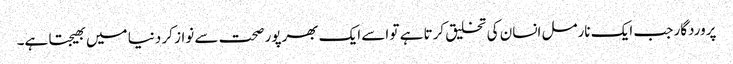
پروردگار جب ایک نارمل انسان کی تخلیق کرتا ہے تو اسے ایک بھرپور صحت سے نواز کر دنیا میں بھیجتا ہے۔